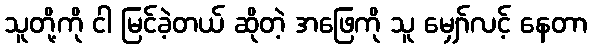
သူတို့ကို ငါ မြင်ခဲ့တယ် ဆိုတဲ့ အဖြေကို သူ မျှော်လင့် နေတာ